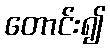
တောင်း၍